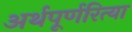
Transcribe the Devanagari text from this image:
अर्थपूर्णरित्या